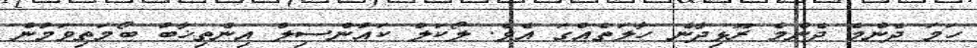
ހަމަ ދެންމެ ދެންމެ ރޫޅިދާނެ ހާލަތެއްގަ އެވެ. ލޯކަލް ކައުންސިލް އިންތިޚާބު ބޯމަތިވަމުން